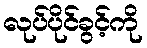
လုပ်ပိုင်ခွင့်ကို